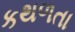
કથળતા